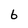
Character: 6